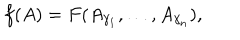
f ( A ) = F ( A _ { \gamma _ { 1 } } , \dots , A _ { \gamma _ { n } } ) ,